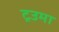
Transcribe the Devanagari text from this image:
ट्रउमा